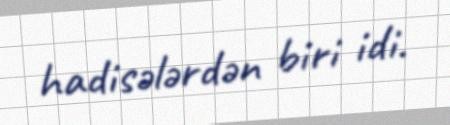
hadisələrdən biri idi.